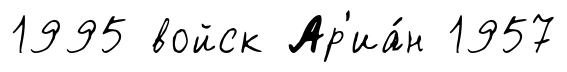
1995 войск Ар'иа́н 1957